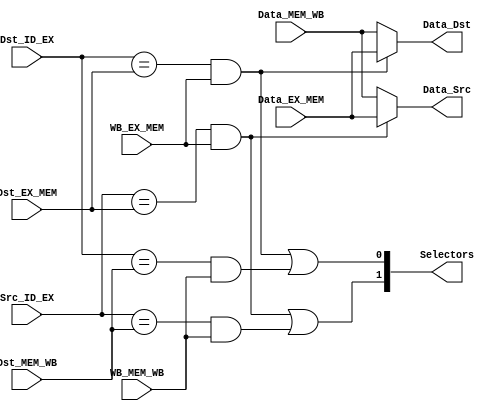
module ForwardingUnit (
    Dst_ID_EX,
    Src_ID_EX,
    Dst_EX_MEM,
    WB_EX_MEM,
    Data_EX_MEM,
    Dst_MEM_WB,
    WB_MEM_WB,
    Data_MEM_WB,
    Data_Dst,
    Data_Src,
    Selectors
);
    input [15:0] Data_EX_MEM,Data_MEM_WB;
    input [2:0] Dst_ID_EX,Src_ID_EX,Dst_EX_MEM,Dst_MEM_WB;
    input WB_EX_MEM,WB_MEM_WB;

    output [15:0] Data_Dst,Data_Src;
    output [1:0] Selectors;
    

    assign Selectors[0]= (Dst_ID_EX==Dst_EX_MEM&&WB_EX_MEM==1'b1)||(Dst_ID_EX==Dst_MEM_WB&&WB_MEM_WB==1'b1);
    assign Selectors[1]= (Src_ID_EX==Dst_EX_MEM&&WB_EX_MEM==1'b1)||(Src_ID_EX==Dst_MEM_WB&&WB_MEM_WB==1'b1);

    assign Data_Dst= (Dst_ID_EX==Dst_EX_MEM&&WB_EX_MEM==1'b1)?Data_EX_MEM:Data_MEM_WB;

    assign Data_Src= (Src_ID_EX==Dst_EX_MEM&&WB_EX_MEM==1'b1)?Data_EX_MEM:Data_MEM_WB;


endmodule